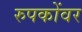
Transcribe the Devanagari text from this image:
रुपकोंवर